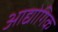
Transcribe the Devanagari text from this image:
आद्योगिक